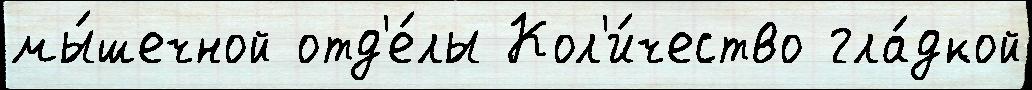
мы́шечной отд'е́лы Кол'и́чество гла́дкой